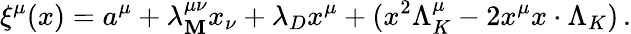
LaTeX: \xi^{\mu}(x)=a^{\mu}+\lambda_{\mathbf{M}}^{\mu\nu}x_{\nu}+\lambda_{D}x^{\mu}+(x^{2}\Lambda_{K}^{\mu}-2x^{\mu}x\cdot\Lambda_{K})\, .